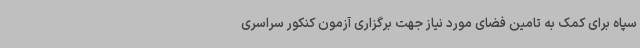
سپاه برای کمک به تامین فضای مورد نیاز جهت برگزاری آزمون کنکور سراسری